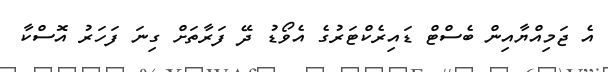
އެ ޖަމިއްޔާއިން ބެސްޓް ޑައިރެކްޓަރުގެ އެވޯޑު ދޭ ފަރާތަށް ގިނަ ފަހަރު އޮސްކާ